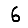
Digit: 6